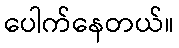
ပေါက်နေတယ်။